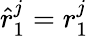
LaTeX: \hat{r}_{1}^{j}=r_{1}^{j}